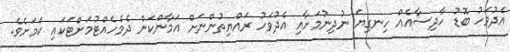
އެދުވަހު ބޮޑު ހާދިސާއެއް ހިނގިޔަ ނުދިނުމަށާއި އެދުވަހު ރައްޔިތުންނަށް އަމާންކަން ދެމެހެއްޓުމަށްޓަކައި ކަމަށެވެ.